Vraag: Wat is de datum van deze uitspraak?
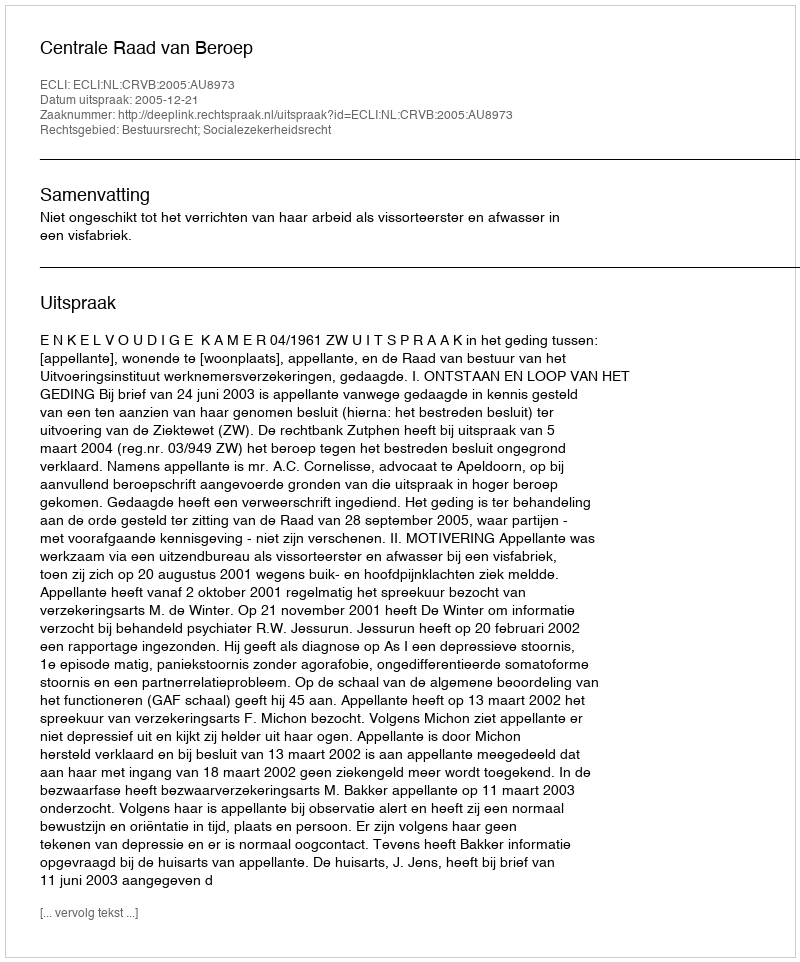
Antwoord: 2005-12-21